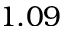
1 . 0 9